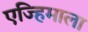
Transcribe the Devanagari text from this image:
एज्हिमाला